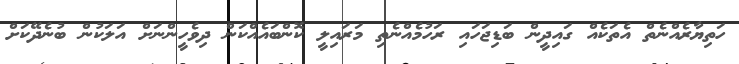
ހަތިޔާރެއްނެތް އެތަކެއް ގައިދީން ބަޑިޖަހައި ރަހުމެއްނެތި މަރައިލީ ކޮންބައެއްކަން ދިވެހީންނަށް އަލަކުން ބުނެދޭކަށް